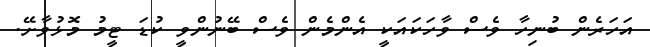
އަހަރެން ބުނިހާ ވެސް ވާހަކައަކީ އެންމެން ވެސް ބޭނުންވީ ކުޑަ ޓީމު މޮޅުވާށޭ.